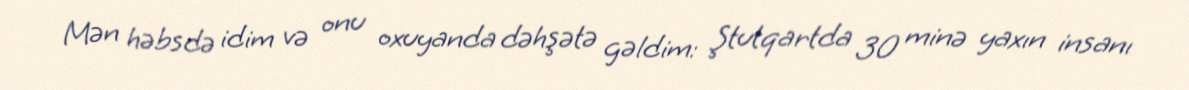
Mən həbsdə idim və onu oxuyanda dəhşətə gəldim: Ştutqartda 30 minə yaxın insanı